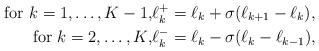
LaTeX: \begin{align*} \hbox{for $k=1,\dots, K-1$},&\ell_k^{+}=\ell_k+\sigma(\ell_{k+1}-\ell_k),\\ \hbox{for $k=2,\dots, K$}, &\ell_k^{-}=\ell_k-\sigma(\ell_{k}-\ell_{k-1}),\end{align*}